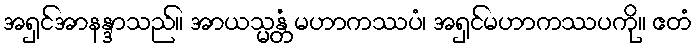
အရှင်အာနန္ဒာသည်။ အာယသ္မန္တံ မဟာကဿပံ၊ အရှင်မဟာကဿပကို။ ဧတံ